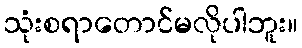
သုံးစရာတောင်မလိုပါဘူး။